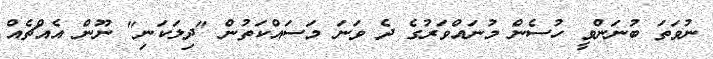
ނުވަތަ ބުނަންވީ ހުސެން މުނައްވަރުގެ ދެ ވަނަ މަސައްކަތުން "ދިލަކަނި" ނޫން އެއްޗެއް